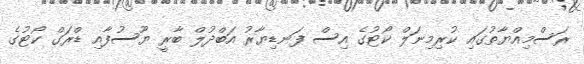
ރަސްމިއްޔާތުގައި ކުރިމިނަލް ކޯޓުގެ އިސް ފަނޑިޔާރު އަބްދުލް ބާރީ ޔޫސުފާއި ޑްރަގް ކޯޓުގެ